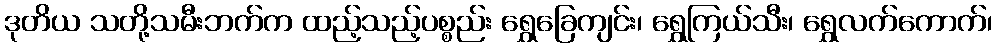
ဒုတိယ သတို့သမီးဘက်က ထည့်သည့်ပစ္စည်း ရွှေခြေကျင်း၊ ရွှေကြယ်သီး၊ ရွှေလက်ကောက်၊